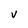
Character: v